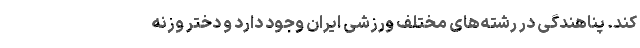
کند. پناهندگی در رشته‌های مختلف ورزشی ایران وجود دارد و دختر وزنه